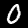
Label: 0